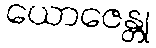
ယောဇေန္တု